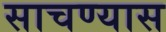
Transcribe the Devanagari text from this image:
साचण्यास